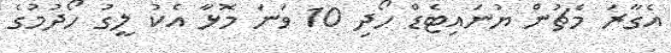
އެގާރަ މެޗުން ޔުނައިޓެޑް ހޯދި 10 ވަނަ މޮޅާ އެކު ލީގު ހޯދުމުގެ